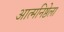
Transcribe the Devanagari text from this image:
आत्मनिष्ठेला